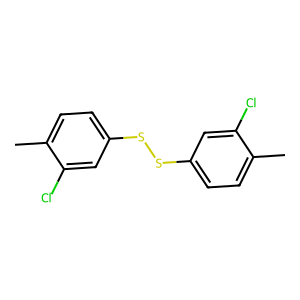
SMILES: Cc1ccc(SSc2ccc(C)c(Cl)c2)cc1Cl
Inhibits HIV replication: No